Civil Veterinary Dept. Bombay admin report 1923-31 - 1923-1931
Year: 1923
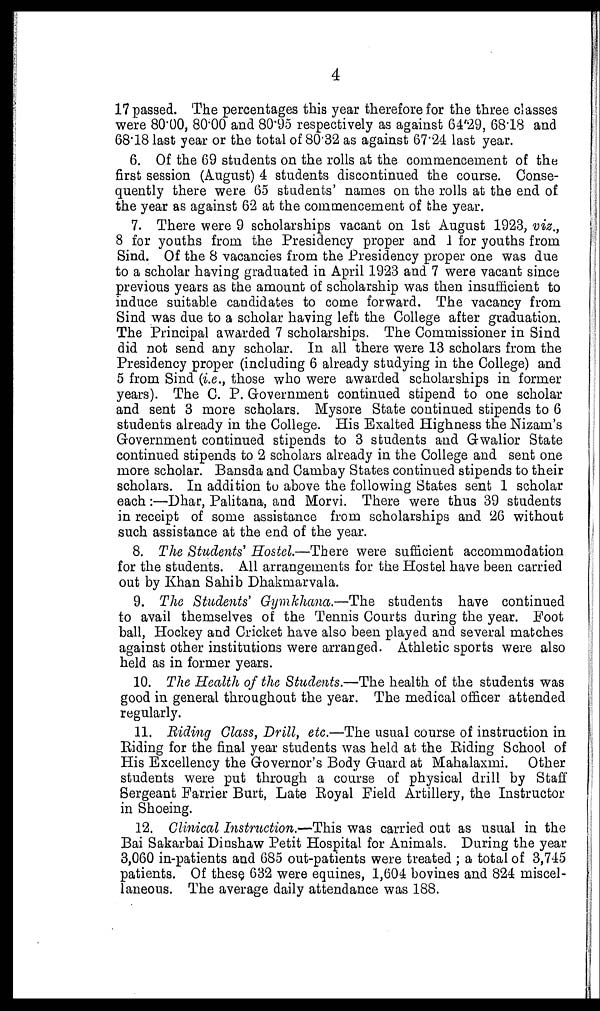
4
17 passed. The percentages this year therefore for the three classes
were 80.00, 80.00 and 80.95 respectively as against 64.29, 68.18 and
6818 last year or the total of 80.32 as against 67.24 last year.
6. Of the 69 students on the rolls at the commencement of the
first session (August) 4 students discontinued the course. Conse-
quently there were 65 students' names on the rolls at the end of
the year as against 62 at the commencement of the year.
7. There were 9 scholarships vacant on 1st August 1923, viz.,
8 for youths from the Presidency proper and 1 for youths from
Sind. Of the 8 vacancies from the Presidency proper one was due
to a scholar having graduated in April 1923 and 7 were vacant since
previous years as the amount of scholarship was then insufficient to
induce suitable candidates to come forward. The vacancy from
Sind was due to a scholar having left the College after graduation.
The Principal awarded 7 scholarships. The Commissioner in Sind
did not send any scholar. In all there were 13 scholars from the
Presidency proper (including 6 already studying in the College) and
5 from Sind (i.e., those who were awarded scholarships in former
years). The C. P. Government continued stipend to one scholar
and sent 3 more scholars. Mysore State continued stipends to 6
students already in the College. His Exalted Highness the Nizam's
Government continued stipends to 3 students and Gwalior State
continued stipends to 2 scholars already in the College and sent one
more scholar. Bansda and Cambay States continued stipends to their
scholars. In addition to above the following States sent 1 scholar
each :—Dhar, Palitana, and Morvi. There were thus 39 students
in receipt of some assistance from scholarships and 26 without
such assistance at the end of the year.
8. The Students' Hostel.—There were sufficient accommodation
for the students. All arrangements for the Hostel have been carried
out by Khan Sahib Dhakmarvala.
9. The Students' Gymkhana.—The students have continued
to avail themselves of the Tennis Courts during the year. Foot
ball, Hockey and Cricket have also been played and several matches
against other institutions were arranged. Athletic sports were also
held as in former years.
10. The Health of the Students.—The health of the students was
good in general throughout the year. The medical officer attended
regularly.
11. Biding Glass, Drill, etc.—The usual course of instruction in
Riding for the final year students was held at the Riding School of
His Excellency the Governor's Body Guard at Mahalaxmi. Other
students were put through a course of physical drill by Staff
Sergeant Farrier Burt, Late Royal Field Artillery, the Instructor
in Shoeing.
12. Clinical Instruction.—This was carried out as usual in the
Bai Sakarbai Dinshaw Petit Hospital for Animals. During the year
3,060 in-patients and 685 out-patients were treated ; a total of 3,745
patients. Of these 632 were equines, 1,604 bovines and 824 miscel-
laneous. The average daily attendance was 188.